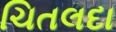
ચિતલદા